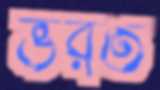
ভরত